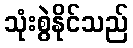
သုံးစွဲနိုင်သည်